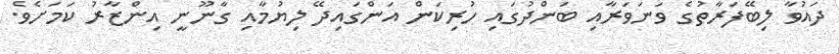
ދައުވާ ލިބޭފަރާތުގެ ވަނަވަރާއި ބަންދުގައި ހުރިކަން އަންގައިދޭ ލިޔުމާއި ގާނޫނީ އިންޒާރު ކަމަށެވެ.